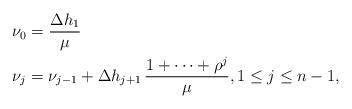
LaTeX: \begin{align*}\nu_0 & = \frac{\Delta h_1}{\mu} \\\nu_j & = \nu_{j-1} + \Delta h_{j+1} \, \frac{1 + \cdots + \rho^j}{\mu}, 1 \leq j \leq n-1,\end{align*}